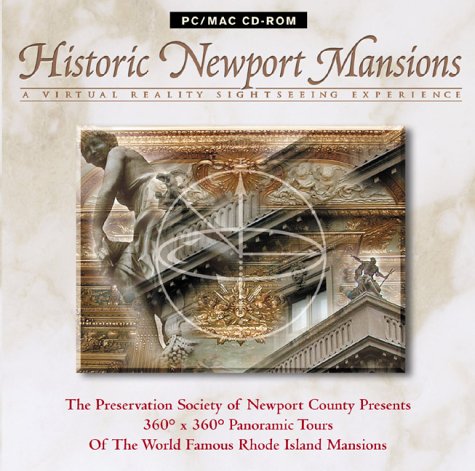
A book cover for Historic Newport Mansions; Digital Destinations; Travel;